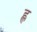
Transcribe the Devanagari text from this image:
ह्ल